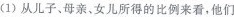
(1)从儿子、母亲、女儿所得的比例来看，他们